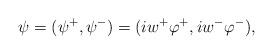
LaTeX: \begin{align*}\psi=(\psi^+,\psi^-)=(iw^+\varphi^+,iw^-\varphi^-),\end{align*}